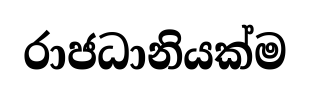
රාජධානියක්ම